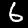
Digit: 6